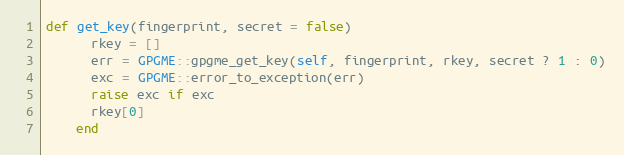
Language: Ruby
def get_key(fingerprint, secret = false)
      rkey = []
      err = GPGME::gpgme_get_key(self, fingerprint, rkey, secret ? 1 : 0)
      exc = GPGME::error_to_exception(err)
      raise exc if exc
      rkey[0]
    end